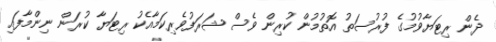
ދެން ރިޓަޔާވުމުގެ ފުރުސަތު އޮތުމުން ކުރިން ވެސް ޝަރަފުވެރިކަމާއެކު ރިޓަޔާ ކުރަން ނިންމާފައި